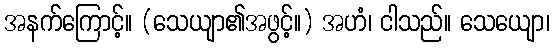
အနက်ကြောင့်။ (သေယျာ၏အဖွင့်။) အဟံ၊ ငါသည်။ သေယျော၊